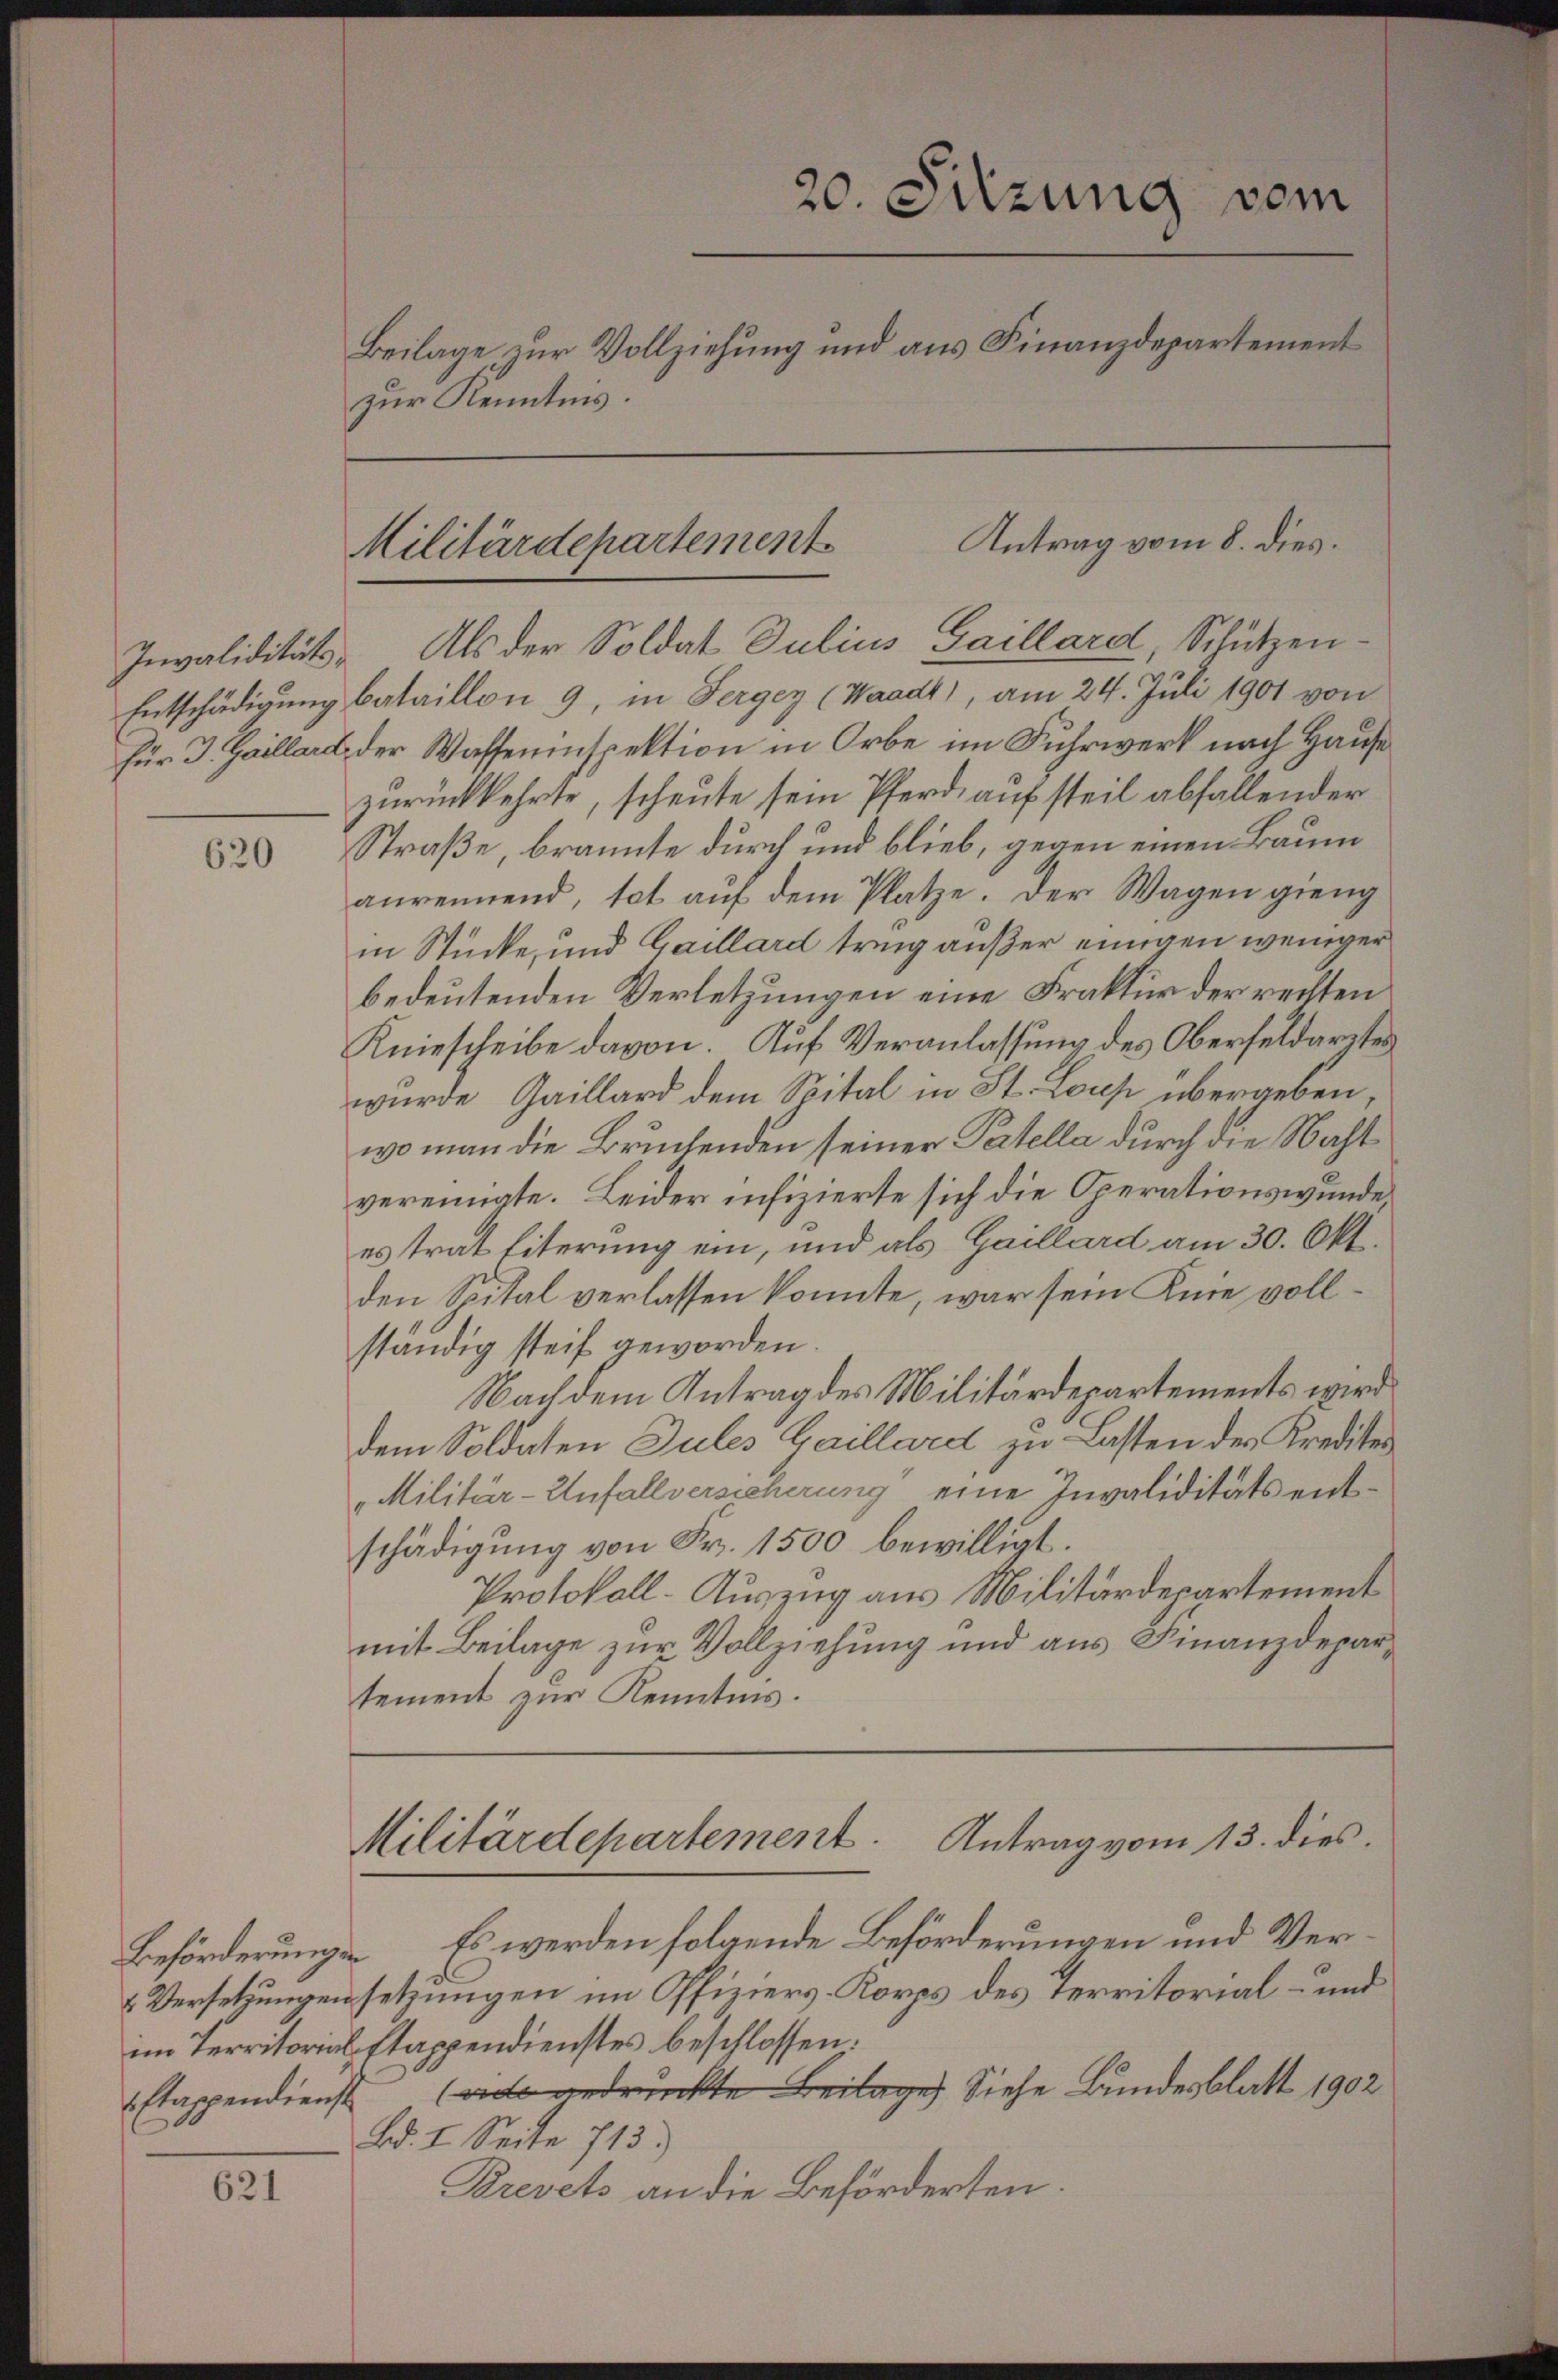
620

621

zur Kenntnis.

Entschädigung bataillon 9, in Serger (Waadt), am 24. Juli 1901 von
Für J. Gaillard der Wasseninspektion in Orbe im Fuhrwerk nach Hause
zurückkehrte, scheute sein Pferd auf steil abfallender
Straße, brannte durch und blieb, gegen einen Baum
anreinend, tot auf dem Platze. Der Wagen gieng
in Stücke, und Gaillard tring außer einigen weniger
bedeutenden Verletzungen eine Fraktur der rechten
Kniescheibe davon. Auf Veranlassung des Oberfeldarstes
wurde Gaillard dem Spital in St. Loup übergeben,
wo man die Bruchenden seiner Patella durch die Nacht
vereinigte. Leider infizierte sich die Operationswunde,
es trat literung ein, und als Gaillard am 30. Okt.
den Spital verlassen konnte, war sein Knie vollständig steif geworden.
Nachdem Antrag des Militärdepartements wird
dem Soldaten Jules Gaillard zu Lasten des Kredites
"Militär-Infallversicherung“ eine Invaliditäts entschädigung von Fr. 1500 bewilligt.
Protokoll- Auszug aus Militärdepartement
mit Beilage zur Vollziehung und aus Finanzdepartement zur Kenntnis.

20. Sitzung vom
Beilage zur Vollziehung und aus Finanzdepartement

Militärdepartement Antrag vom 8. dies.
Invaliditäts- Als der Soldat Julius Gaillard, Schützen¬

Antrag vom 13. dies
Militärdepartement.

Beförderung Es werden folgende Beförderungen und Ver¬
Versetzungensetzungen im Offiziers-Korps des Territorial- und
im Territorial Etappendienstes beschlossen:
Etappendienst gedruckte Beilage Siehe Bundesblatt 1902
Bd. I. Seite 713.)
Brevets an die Beförderten.